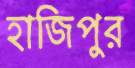
হাজিপুর